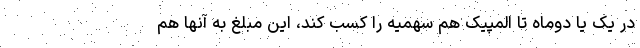
در یک یا دوماه تا المپیک هم سهمیه را کسب کند، این مبلغ به آنها هم